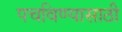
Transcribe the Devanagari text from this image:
पचविण्यासाठी